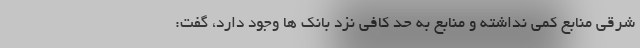
شرقی منابع کمی نداشته و منابع به حد کافی نزد بانک ها وجود دارد، گفت: